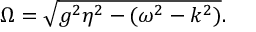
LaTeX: \Omega = \sqrt { g ^ { 2 } \eta ^ { 2 } - ( \omega ^ { 2 } - k ^ { 2 } ) } .